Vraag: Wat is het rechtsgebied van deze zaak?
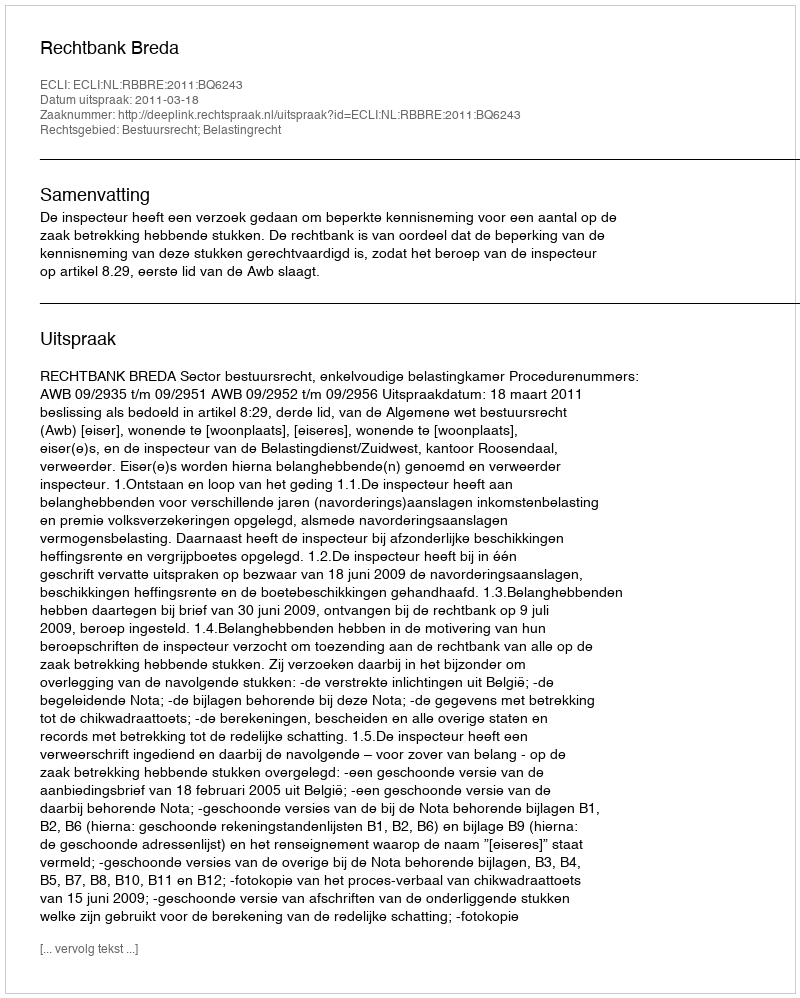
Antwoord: Bestuursrecht; Belastingrecht